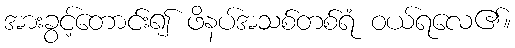
အားခွင့်တောင်း၍ ဖိနပ်အသစ်တစ်ရံ ဝယ်ရလေ၏။